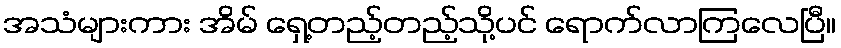
အသံများကား အိမ် ရှေ့တည့်တည့်သို့ပင် ရောက်လာကြလေပြီ။